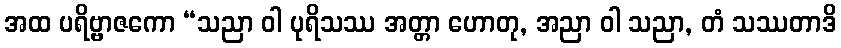
အထ ပရိဗ္ဗာဇကော “သညာ ဝါ ပုရိသဿ အတ္တာ ဟောတု, အညာ ဝါ သညာ, တံ သဿတာဒိ